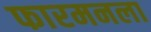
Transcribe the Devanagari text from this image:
फारमनला